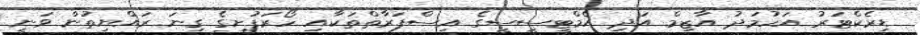
ޑިރެކްޓަރު އަހުމަދު އާޒިމް އަދި އެމްޓީސީސީގެ އިސްފަރާތްތަކާއި ހޯރަފުށީގެ ގިނަ ރައްޔިތުން ވަނީ